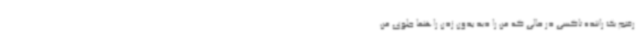
رفتم یک راننده تاکسی در حالی که من را دید بدون زدن راهنما جلوی من